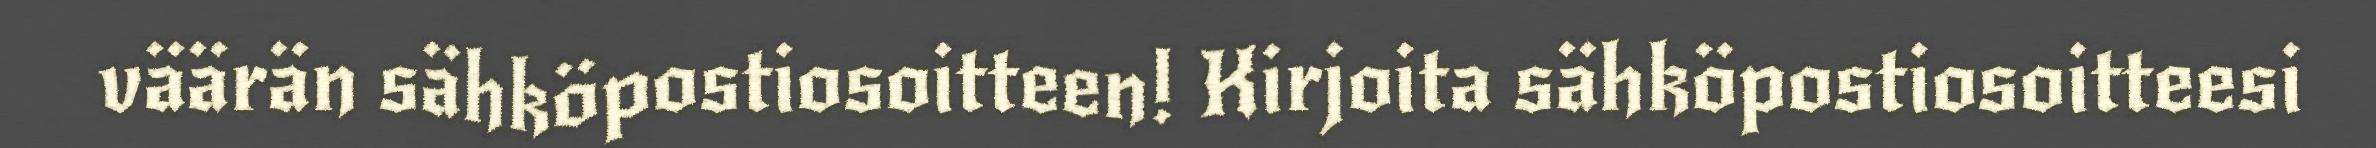
väärän sähköpostiosoitteen! Kirjoita sähköpostiosoitteesi